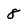
Character: 8